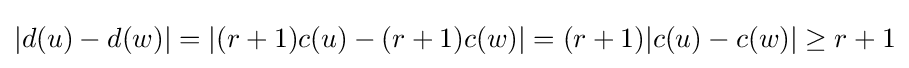
|d(u)-d(w)|=|(r+1)c(u)-(r+1)c(w)|=(r+1)|c(u)-c(w)|\geq r+1